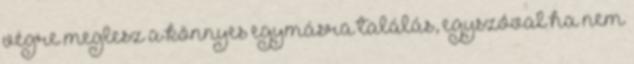
végre meglesz a könnyes egymásra találás, egyszóval ha nem